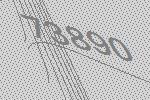
73890